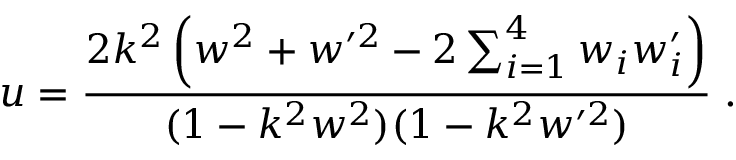
u = \frac { 2 k ^ { 2 } \left( w ^ { 2 } + w ^ { \prime 2 } - 2 \sum _ { i = 1 } ^ { 4 } w _ { i } w _ { i } ^ { \prime } \right) } { ( 1 - k ^ { 2 } w ^ { 2 } ) ( 1 - k ^ { 2 } w ^ { \prime 2 } ) } \; .